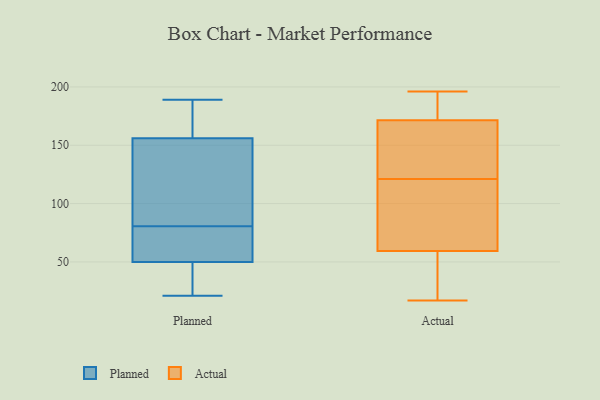
{"axis": {"x": "Inventory Turnover", "y": "Value"}, "legend": ["Actual", "Planned"], "data": [{"x": "", "y": 46, "type": "Planned"}, {"x": "", "y": 69, "type": "Planned"}, {"x": "", "y": 39, "type": "Planned"}, {"x": "", "y": 21, "type": "Planned"}, {"x": "", "y": 138, "type": "Planned"}, {"x": "", "y": 93, "type": "Planned"}, {"x": "", "y": 69, "type": "Planned"}, {"x": "", "y": 92, "type": "Planned"}, {"x": "", "y": 50, "type": "Planned"}, {"x": "", "y": 163, "type": "Planned"}, {"x": "", "y": 189, "type": "Planned"}, {"x": "", "y": 166, "type": "Planned"}, {"x": "", "y": 156, "type": "Planned"}, {"x": "", "y": 52, "type": "Planned"}, {"x": "", "y": 196, "type": "Actual"}, {"x": "", "y": 69, "type": "Actual"}, {"x": "", "y": 121, "type": "Actual"}, {"x": "", "y": 170, "type": "Actual"}, {"x": "", "y": 36, "type": "Actual"}, {"x": "", "y": 67, "type": "Actual"}, {"x": "", "y": 129, "type": "Actual"}, {"x": "", "y": 18, "type": "Actual"}, {"x": "", "y": 118, "type": "Actual"}, {"x": "", "y": 158, "type": "Actual"}, {"x": "", "y": 158, "type": "Actual"}, {"x": "", "y": 24, "type": "Actual"}, {"x": "", "y": 188, "type": "Actual"}, {"x": "", "y": 177, "type": "Actual"}, {"x": "", "y": 17, "type": "Actual"}, {"x": "", "y": 110, "type": "Actual"}, {"x": "", "y": 176, "type": "Actual"}]}